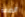
الضفة